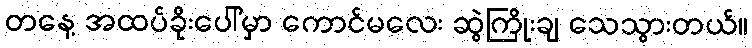
တနေ့ အထပ်ခိုးပေါ်မှာ ကောင်မလေး ဆွဲကြိုးချ သေသွားတယ်။